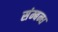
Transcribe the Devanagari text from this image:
संम्बन्ध